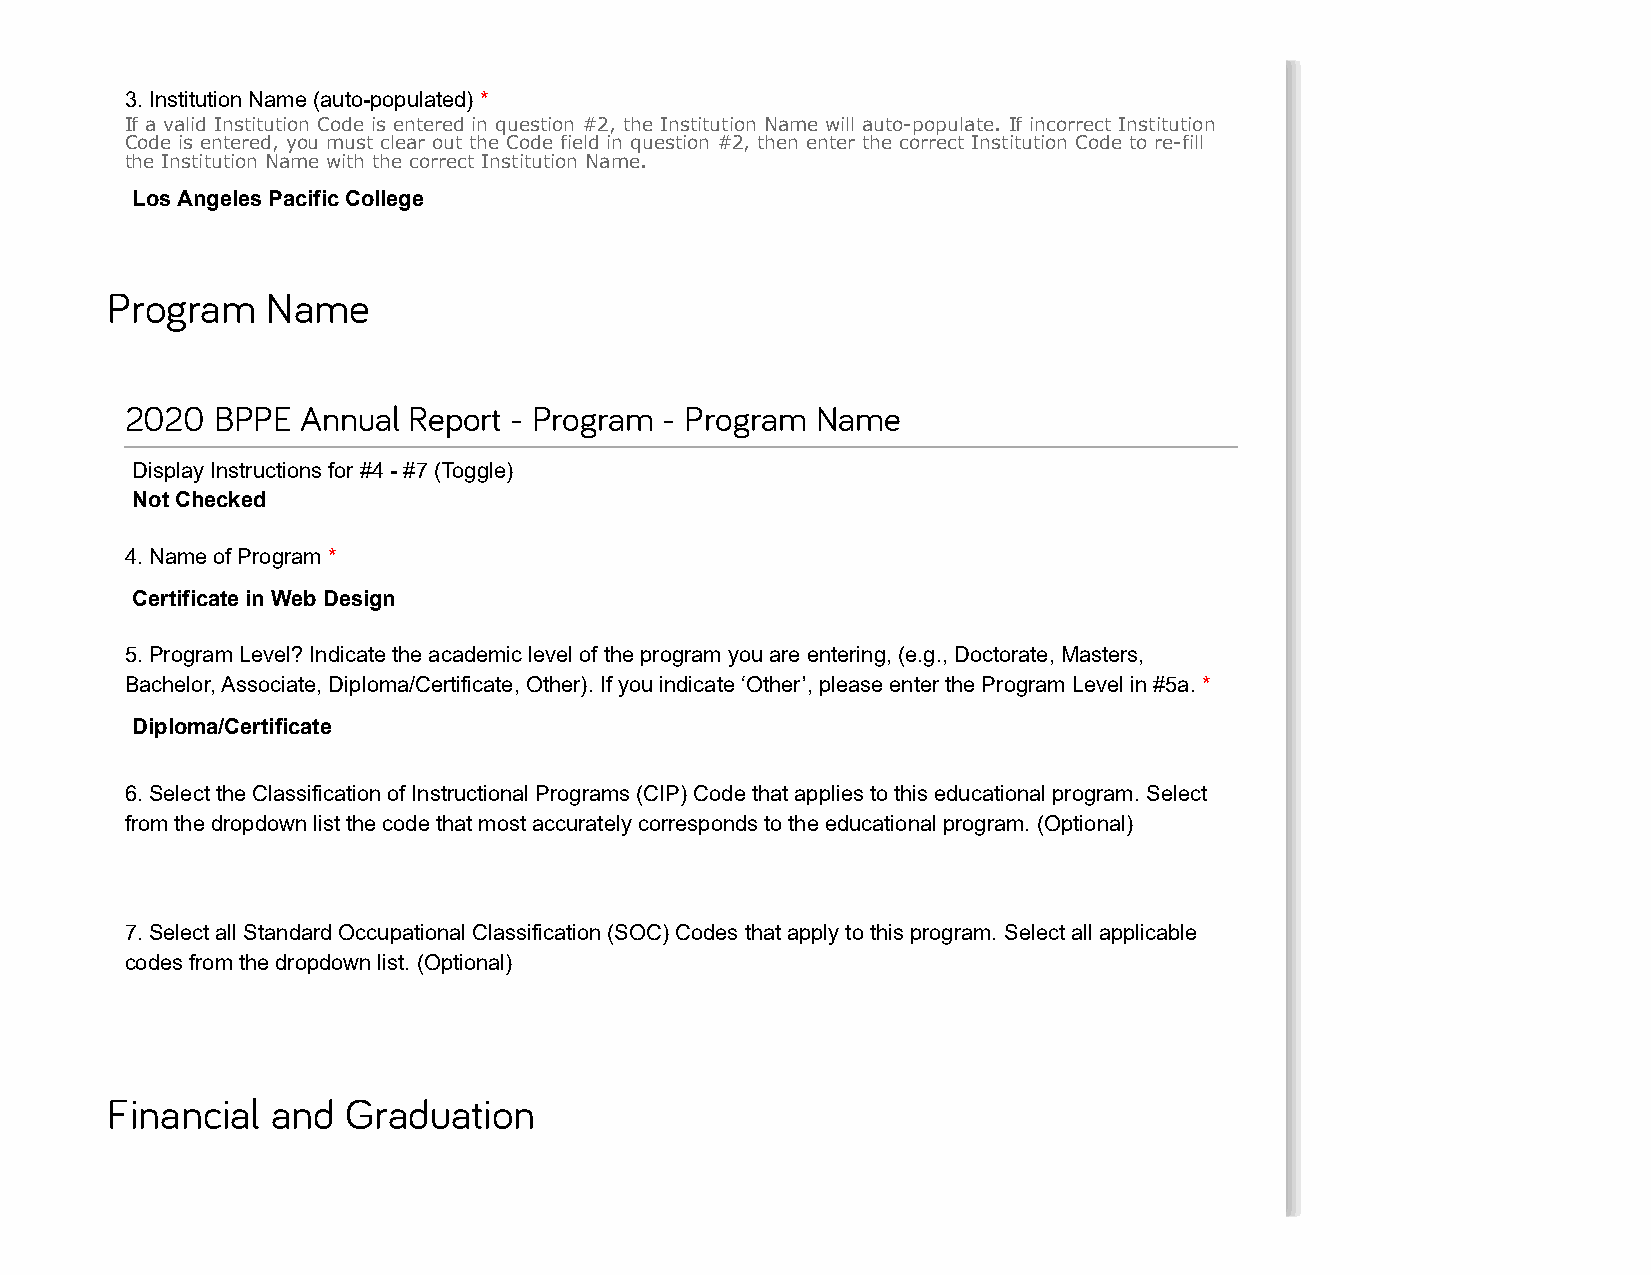
3. Institution Name (auto-populated) *
 If a valid Institution Code is entered in question #2, the Institution Name will auto-populate. If incorrect Institution
 Code is entered, you must clear out the Code field in question #2, then enter the correct Institution Code to re-fill
 the Institution Name with the correct Institution Name.
 Los Angeles Pacific College
 Program    Name
 2020  BPPE  Annual Report - Program - Program Name
 Display Instructions for #4 - #7 (Toggle)
 Not Checked
 4. Name of Program *
 Certificate in Web Design
 5. Program Level? Indicate the academic level of the program you are entering, (e.g., Doctorate, Masters,
 Bachelor, Associate, Diploma/Certificate, Other). If you indicate ‘Other’, please enter the Program Level in #5a. *
 Diploma/Certificate
 6. Select the Classification of Instructional Programs (CIP) Code that applies to this educational program. Select
 from the dropdown list the code that most accurately corresponds to the educational program. (Optional)
 7. Select all Standard Occupational Classification (SOC) Codes that apply to this program. Select all applicable
 codes from the dropdown list. (Optional)
 Financial  and  Graduation